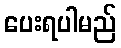
ပေးရပါမည်